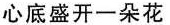
心底盛开一朵花